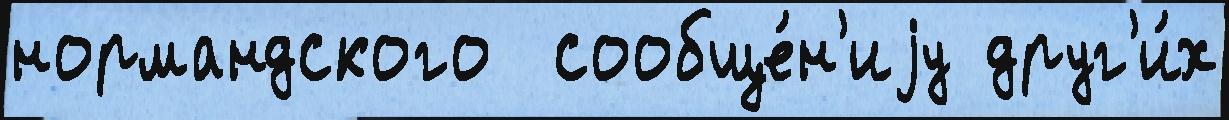
нормандского  сообще́н'иjу друг'и́х